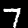
Label: 7